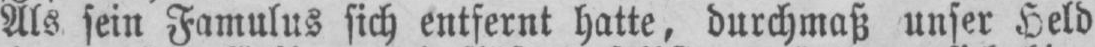
Als sein Famulus sich entfernt hatte, durchmaß unser Held